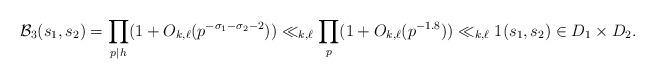
LaTeX: \begin{align*} \mathcal{B}_3(s_1,s_2) = \prod_{p \mid h} (1+O_{k,\ell}(p^{-\sigma_1-\sigma_2 -2})) \ll_{k,\ell} \prod_{p} (1 + O_{k,\ell}(p^{-1.8})) \ll_{k,\ell} 1 (s_1,s_2) \in D_1 \times D_2. \end{align*}